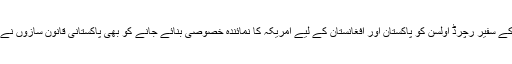
دریں اثناء اسلام آباد میں امریکہ کے سفیر رچرڈ اولسن کو پاکستان اور افغانستان کے لیے امریکہ کا نمائندہ خصوصی بنائے جانے کو بھی پاکستانی قانون سازوں نے ایک خوش آئند اقدام قرار دیا ہے۔